Document type: Fief grant
Year: 1411
Scribe: Arnau de Lledó
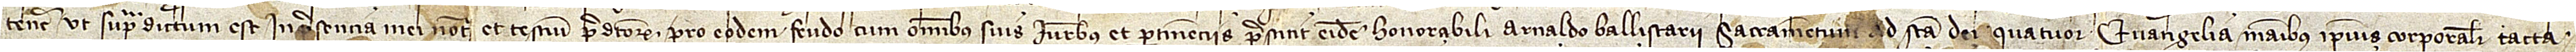
tenere, ut supradictum est, in presencia mei notarii et testium predictorum pro eodem feudo, cum omnibus suis iuribus et pertinenciis prestitit eidem honorabili Arnaldo Ballistarii sacramentum ad sancta quatuor Evangelia, manibus ipsius corporaliter tacta,